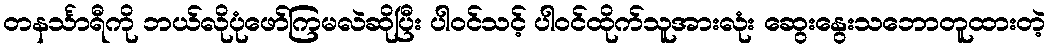
တနင်္သာရီကို ဘယ်လိုပုံဖော်ကြမလဲဆိုပြီး ပါဝင်သင့် ပါဝင်ထိုက်သူအားလုံး ဆွေးနွေးသဘောတူထားတဲ့